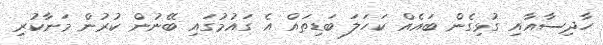
ހާދިސާއާއި ގުޅިގެން ބައެއް ކަހަލަ ބަޑިތައް އެ ގައުމުގައި ބޭނުން ކުރުން މަނާކުރި